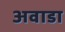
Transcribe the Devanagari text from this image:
अवाडा